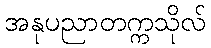
အနုပညာတက္ကသိုလ်